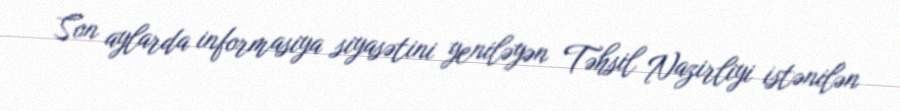
Son aylarda informasiya siyasətini yeniləyən Təhsil Nazirliyi istənilən